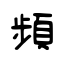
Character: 頻